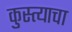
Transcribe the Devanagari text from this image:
कुस्त्याचा